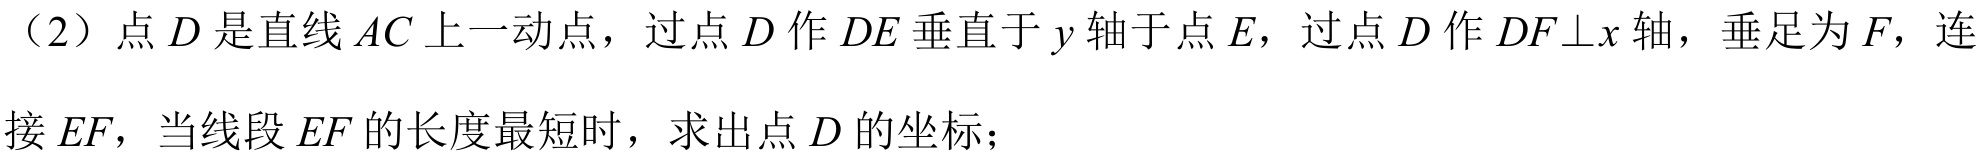
（2）点\(D\)是直线\(AC\)上一动点，过点\(D\)作\(DE\)垂直于\(y\)轴于点\(E\)，过点\(D\)作\(DF\bot x\)轴，垂足为\(F\)，连接\(EF\)，当线段\(EF\)的长度最短时，求出点\(D\)的坐标；